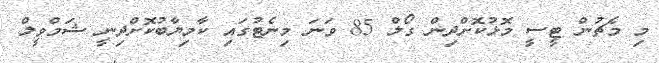
މި މެޗުން ޓީސީ މޮޅުކޮށްދިން ގޯލް 85 ވަނަ މިނެޓުގައި ކާމިޔާބުކޮށްދިނީ ޝަމްވީލް